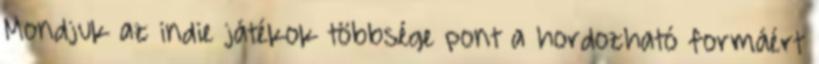
Mondjuk az indie játékok többsége pont a hordozható formáért